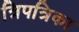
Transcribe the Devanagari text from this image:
त्रिपत्रिका